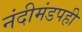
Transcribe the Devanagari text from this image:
नंदीमंडपही